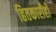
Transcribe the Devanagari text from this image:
हितकारीहो